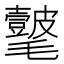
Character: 𣰺